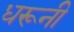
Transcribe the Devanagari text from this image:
धरूनी